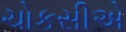
ચોકસીએ